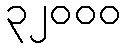
၃၂၀၀၀